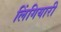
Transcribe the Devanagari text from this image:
लिंगियारी